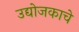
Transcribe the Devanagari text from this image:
उद्योजकाचे